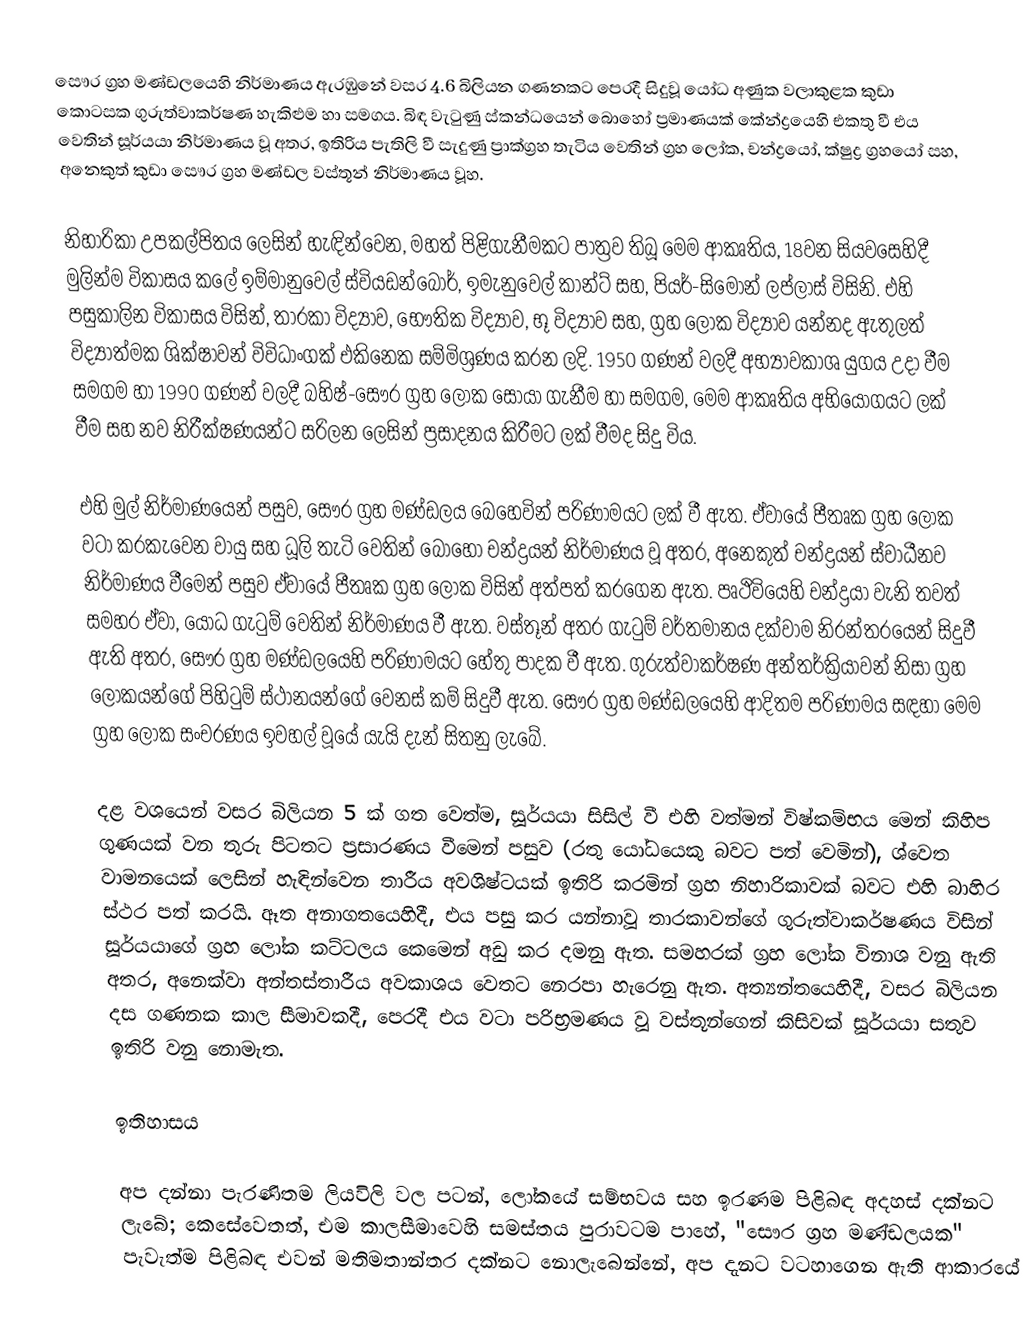
සෞර ග්‍රහ මණ්ඩලයෙහි නිර්මාණය ඇරඹුනේ වසර 4.6 බිලියන ගණනකට පෙරදී සිදුවූ  යෝධ අණුක වලාකුළක කුඩා කොටසක ගුරුත්වාකර්ෂණ හැකිළුම හා සමගය.  බිඳ වැටුණු ස්කන්ධයෙන් බොහෝ ප්‍රමාණයක් කේන්ද්‍රයෙහි එකතු වී එය වෙතින් සූර්යයා නිර්මාණය වූ අතර,  ඉතිරිය පැතිලි වී සැදුණු ප්‍රාක්ග්‍රහ තැටිය වෙතින්  ග්‍රහ ලෝක, චන්ද්‍රයෝ, ක්ෂුද්‍ර ග්‍රහයෝ සහ, අනෙකුත් කුඩා සෞර ග්‍රහ මණ්ඩල වස්තූන් නිර්මාණය වූහ.

නිහාරිකා උපකල්පිතය ලෙසින් හැඳින්වෙන, මහත් පිළිගැනීමකට පාත්‍රව තිබූ මෙම ආකෘතිය, 18වන සියවසෙහිදී  මුලින්ම විකාසය කලේ ඉම්මානුවෙල් ස්වියඩන්බෝර්, ඉමැනුවෙල් කාන්ට් සහ, පියර්-සිමොන් ලප්ලාස් විසිනි. එහි පසුකාලින විකාසය විසින්,  තාරකා විද්‍යාව, භෞතික විද්‍යාව, භූ විද්‍යාව සහ, ග්‍රහ ලෝක විද්‍යාව යන්නද ඇතුලත් විද්‍යාත්මක ශික්ෂාවන් විවිධාංගක් එකිනෙක සම්මිශ්‍රණය කරන ලදි. 1950 ගණන් වලදී අභ්‍යාවකාශ යුගය උදා වීම සමගම හා 1990 ගණන් වලදී බහිෂ්-සෞර ග්‍රහ ලෝක සොයා ගැනීම හා සමගම, මෙම ආකෘතිය අභියෝගයට ලක් වීම සහ නව නිරීක්ෂණයන්ට සරිලන ලෙසින් ප්‍රසාදනය කිරීමට ලක් වීමද සිදු විය.

එහි මුල් නිර්මාණයෙන් පසුව, සෞර ග්‍රහ මණ්ඩලය බෙහෙවින්  පරිණාමයට ලක් වී ඇත. ඒවායේ පීතෘක ග්‍රහ ලෝක වටා කරකැවෙන වායු සහ ධූලි තැටි වෙතින් බොහෝ චන්ද්‍රයන් නිර්මාණය වූ අතර, අනෙකුත් චන්ද්‍රයන් ස්වාධීනව නිර්මාණය වීමෙන් පසුව ඒවායේ පීතෘක ග්‍රහ ලෝක විසින් අත්පත් කරගෙන ඇත. පෘථිවියෙහි චන්ද්‍රයා වැනි තවත් සමහර ඒවා, යෝධ ගැටුම් වෙතින් නිර්මාණය වී ඇත. වස්තූන් අතර ගැටුම් වර්තමානය දක්වාම නිරන්තරයෙන් සිදුවී ඇති අතර, සෞර ග්‍රහ මණ්ඩලයෙහි පරිණාමයට හේතු පාදක වී ඇත. ගුරුත්වාකර්ෂණ අන්තර්ක්‍රියාවන් නිසා ග්‍රහ ලෝකයන්ගේ පිහිටුම් ස්ථානයන්ගේ වෙනස් කම් සිදුවී ඇත. සෞර ග්‍රහ මණ්ඩලයෙහි ආදිතම පරිණාමය සඳහා මෙම  ග්‍රහ ලෝක සංචරණය ඉවහල් වූයේ යැයි දැන් සිතනු ලැබේ.

දළ වශයෙන්  වසර බිලියන 5 ක් ගත වෙත්ම, සූර්යයා සිසිල් වී එහි වත්මන් විෂ්කම්භය මෙන් කිහිප ගුණයක් වන තුරු පිටතට ප්‍රසාරණය වීමෙන් පසුව (රතු යෝධයෙකු බවට පත් වෙමින්),  ශ්වෙත වාමනයෙක් ලෙසින් හැඳින්වෙන තාරීය අවශිෂ්ටයක් ඉතිරි කරමින් ග්‍රහ නිහාරිකාවක් බවට   එහි බාහිර ස්ථර  පත් කරයි. ඈත අනාගතයෙහිදී, එය පසු කර යන්නාවූ තාරකාවන්ගේ ගුරුත්වාකර්ෂණය  විසින් සූර්යයාගේ ග්‍රහ ලෝක කට්ටලය කෙමෙන් අඩු කර දමනු ඇත. සමහරක් ග්‍රහ ලෝක විනාශ වනු ඇති අතර, අනෙක්වා  අන්තස්තාරීය අවකාශය වෙතට නෙරපා හැරෙනු ඇත. අත්‍යන්තයෙහිදී, වසර බිලියන දස ගණනක කාල සීමාවකදී, පෙරදී එය වටා පරිභ්‍රමණය වූ වස්තූන්ගෙන් කිසිවක් සූර්යයා සතුව ඉතිරි වනු නොමැත.

ඉතිහාසය

අප දන්නා පැරණිතම ලියවිලි වල පටන්,  ලෝකයේ සම්භවය සහ ඉරණම පිළිබඳ අදහස් දක්නට ලැබේ; කෙසේවෙතත්, එම කාලසීමාවෙහි සමස්තය පුරාවටම පාහේ, "සෞර ග්‍රහ මණ්ඩලයක" පැවැත්ම පිළිබඳ එවන් මතිමතාන්තර දක්නට නොලැබෙන්නේ, අප දැනට වටහාගෙන ඇති ආකාරයේ